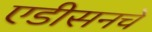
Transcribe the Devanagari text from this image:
एडीसनचे